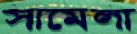
সামেলা